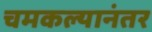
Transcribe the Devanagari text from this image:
चमकल्यानंतर